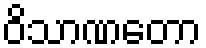
ဝိသာဏတော